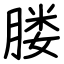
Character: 𦝼